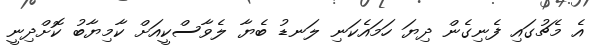
އެ މެޗުގައި ފެނިގެން ދިޔަ ހަމައެކަނި ލަނޑު ބެޔާ ލެވާސްކީއަށް ކާމިޔާބު ކޮށްދިނީ